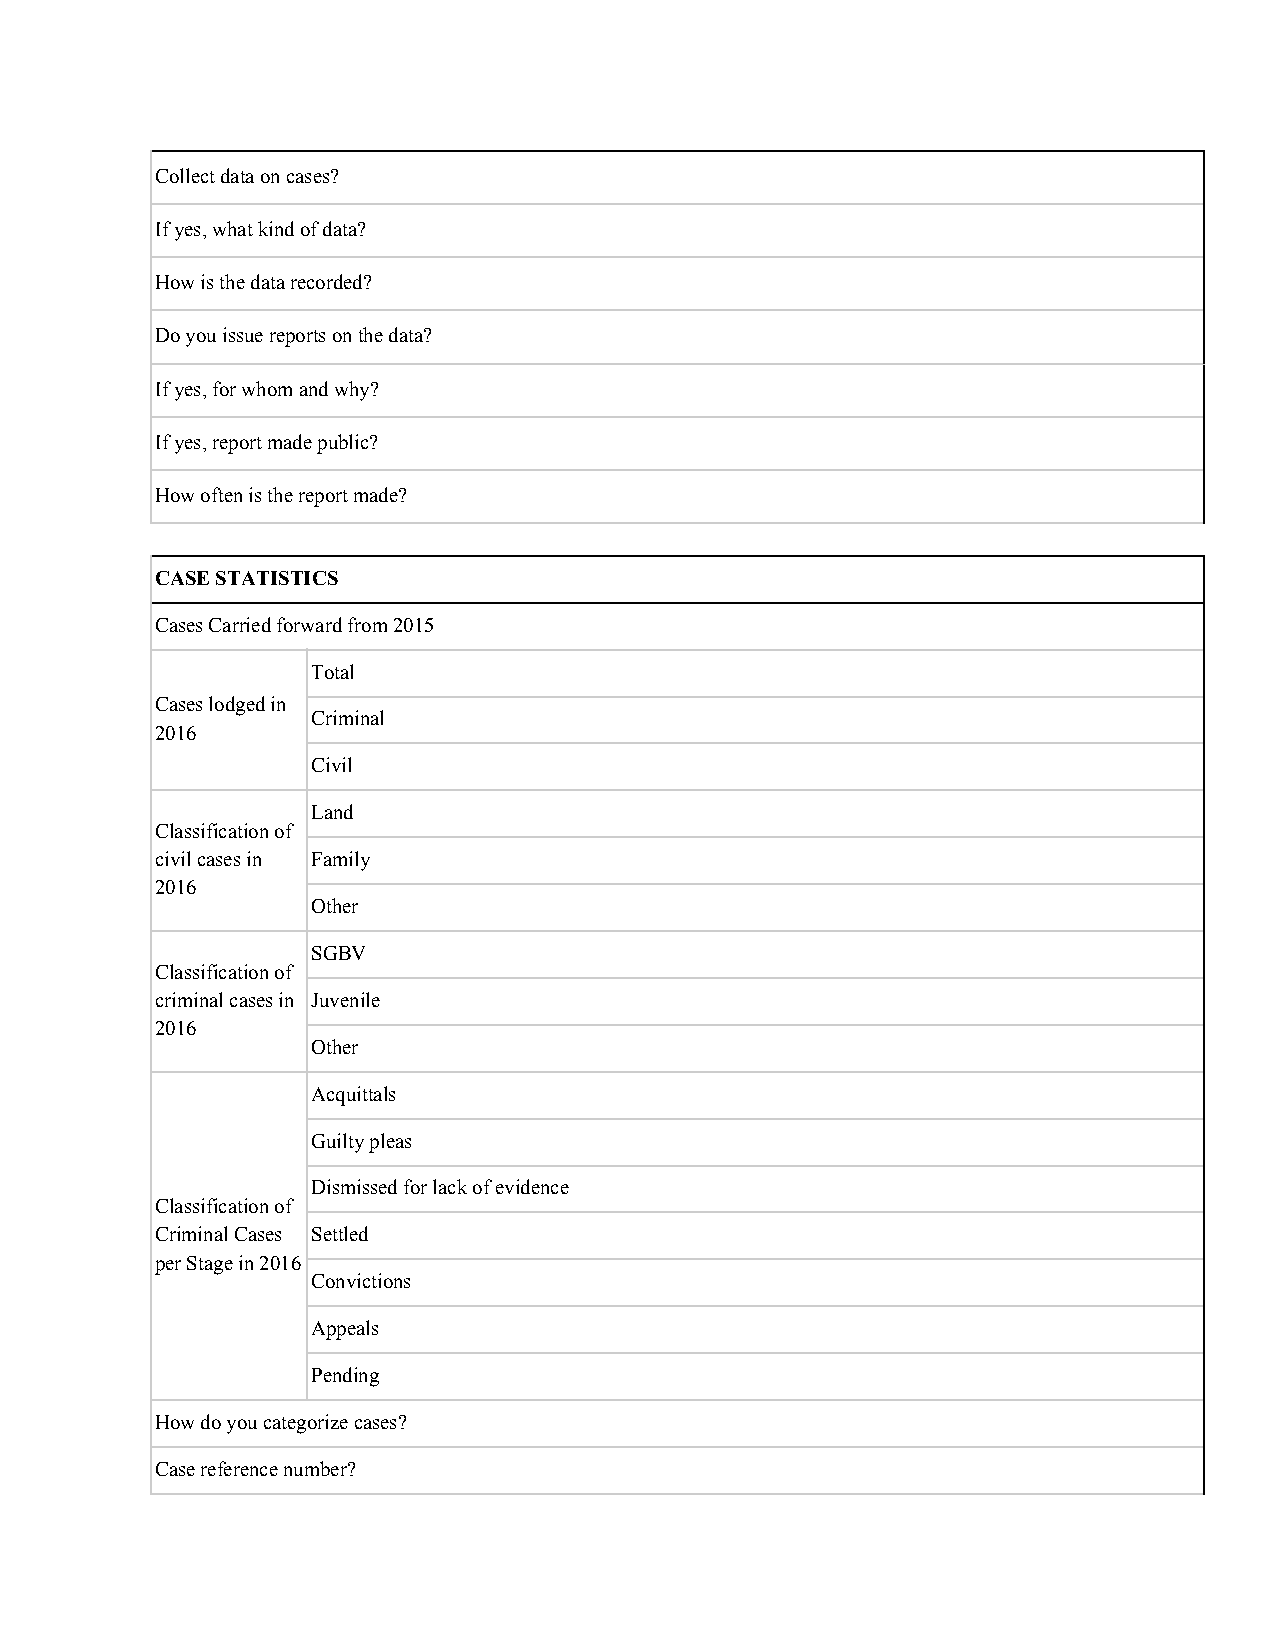
Collect data on cases?
 If yes, what kind of data?
 How is the data recorded?
 Do you issue reports on the data?
 If yes, for whom and why?
 If yes, report made public?
 How often is the report made?
 CASE STATISTICS
 Cases Carried forward from 2015
 Total
 Cases lodged in
 Criminal
 2016
 Civil
 Land
 Classification of
 civil cases in Family
 2016
 Other
 SGBV
 Classification of
 criminal cases in Juvenile
 2016
 Other
 Acquittals
 Guilty pleas
 Dismissed for lack of evidence
 Classification of
 Criminal Cases Settled
 per Stage in 2016
 Convictions
 Appeals
 Pending
 How do you categorize cases?
 Case reference number?